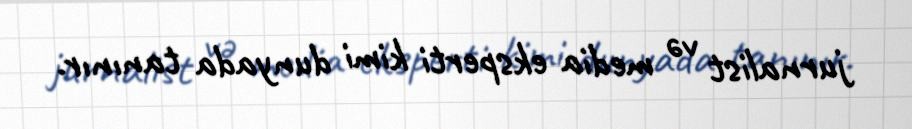
jurnalist və media eksperti kimi dunyada tanınır.